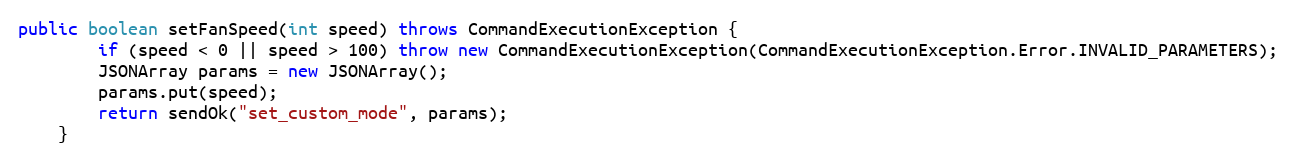
Language: Java
public boolean setFanSpeed(int speed) throws CommandExecutionException {
        if (speed < 0 || speed > 100) throw new CommandExecutionException(CommandExecutionException.Error.INVALID_PARAMETERS);
        JSONArray params = new JSONArray();
        params.put(speed);
        return sendOk("set_custom_mode", params);
    }